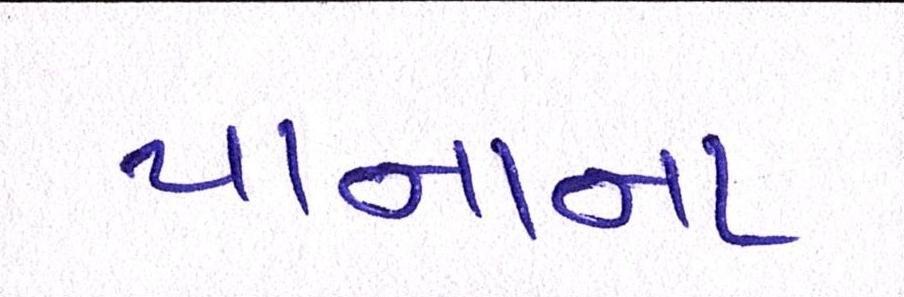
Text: યાનાના